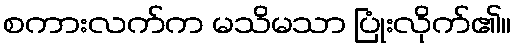
စကားလက်က မသိမသာ ပြုံးလိုက်၏။